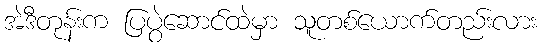
အဲဒီတုန်းက ပြပွဲဆောင်ထဲမှာ သူတစ်ယောက်တည်းလား